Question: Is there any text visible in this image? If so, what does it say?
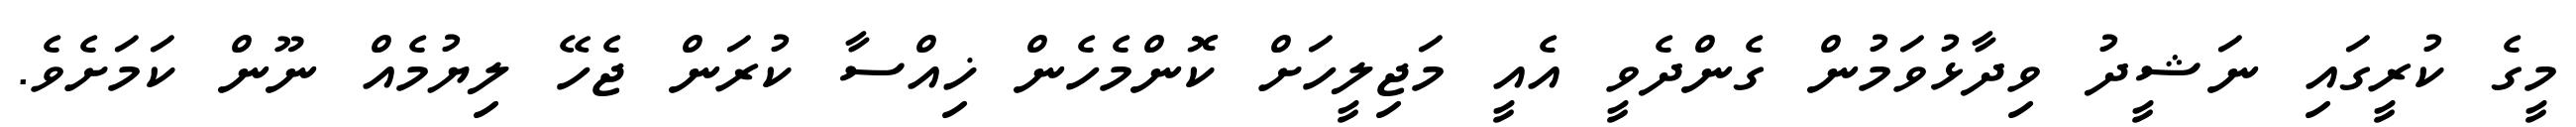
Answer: މީގެ ކުރީގައި ނަޝީދު ވިދާޅުވަމުން ގެންދެވީ އެއީ މަޖިލީހަށް ކޮންމެހެން ޚިއްސާ ކުރަން ޖެހޭ ލިޔުމެއް ނޫން ކަމަށެވެ.